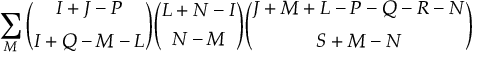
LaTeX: \sum _ { M } { \binom { I + J - P } { I + Q - M - L } } { \binom { L + N - I } { N - M } } { \binom { J + M + L - P - Q - R - N } { S + M - N } }